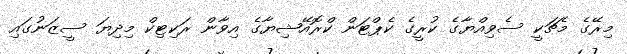
މިރޭގެ މެޗަކީ ސެވިއްޔާގެ ކުރީގެ ކެޕްޓަން ކްރޮއޭޝިޔާގެ އިވާން ރަކިޓިކް މިދިޔަ ސީޒަނުގައި